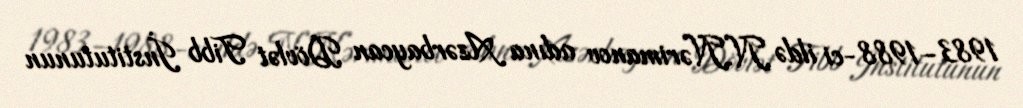
1983–1988-ci ildə N.Nərimanov adına Azərbaycan Dövlət Tibb İnstitutunun